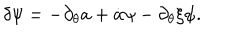
\delta \psi = - \partial _ { \theta } a + \dot { a } \psi - \partial _ { \theta } \xi \psi .